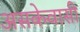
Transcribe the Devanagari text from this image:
असकेवासी